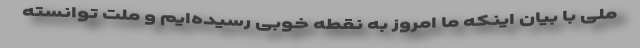
ملّی با بیان اینکه ما امروز به نقطه خوبی رسیده‌ایم و ملّت توانسته